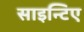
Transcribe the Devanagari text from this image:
साइन्टिए